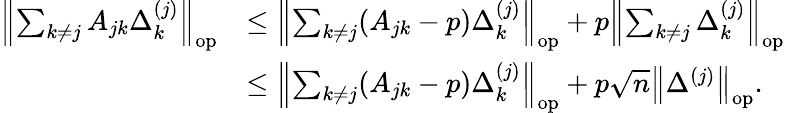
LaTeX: \begin{array}{rl}{\left\| {\sum_{k\neq j}A_{jk}\Delta_{k}^{(j)}}\right\| _{\mathrm{op}}}&{\leq\left\| {\sum_{k\neq j}(A_{jk}-p)\Delta_{k}^{(j)}}\right\| _{\mathrm{op}}+p\left\| {\sum_{k\neq j}\Delta_{k}^{(j)}}\right\| _{\mathrm{op}}}\\ &{\leq\left\| {\sum_{k\neq j}(A_{jk}-p)\Delta_{k}^{(j)}}\right\| _{\mathrm{op}}+p\sqrt{n}\left\| {\Delta^{(j)}}\right\| _{\mathrm{op}}.}\end{array}